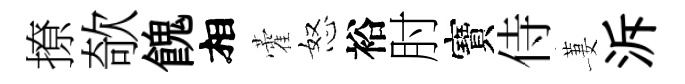
撩欹餽相藿怒裕肘寶侍萋泝